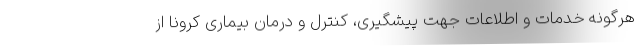
هرگونه خدمات و اطلاعات جهت پیشگیری، کنترل و درمان بیماری کرونا از